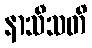
နာသီသတိ